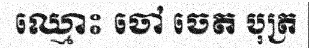
ឈ្មោះ ចៅ ចេត បុត្រ